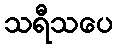
သရီသပေ